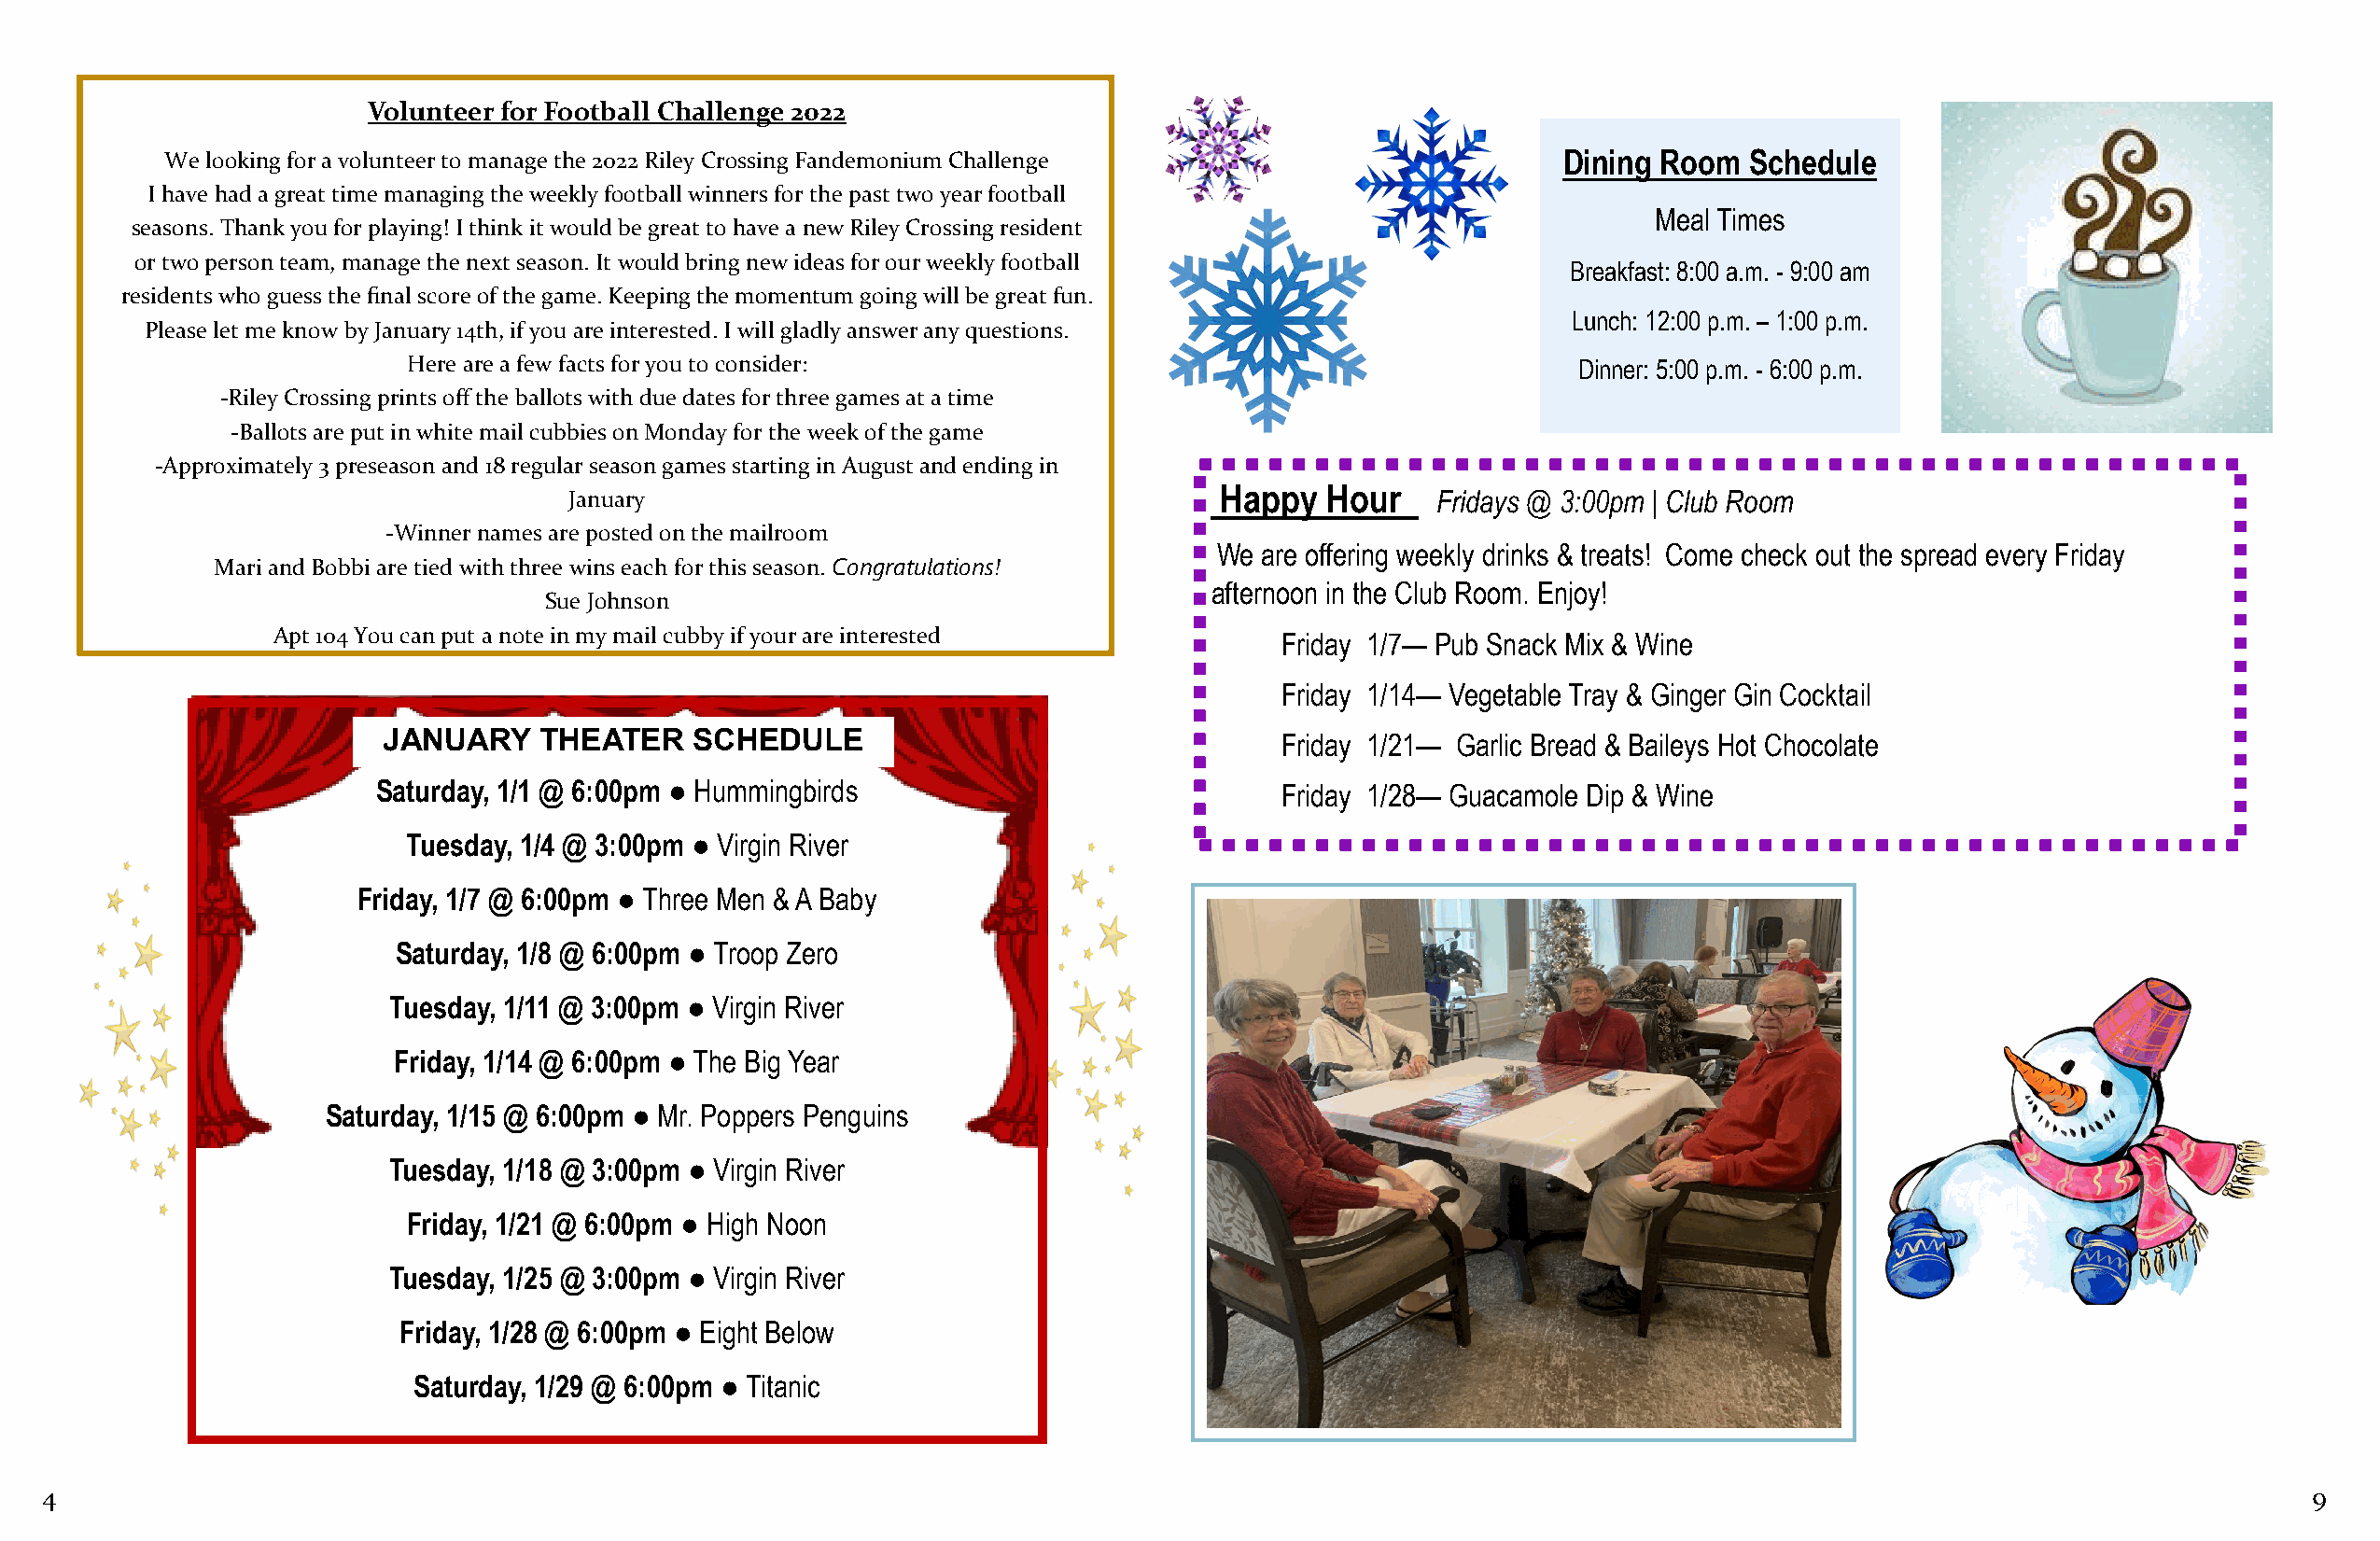
Volunteer for Football Challenge 2022
 We looking for a volunteer to manage the 2022 Riley Crossing Fandemonium Challenge                 Dining Room  Schedule
 I have had a great time managing the weekly football winners for the past two year football
 Meal Times
 seasons. Thank you for playing! I think it would be great to have a new Riley Crossing resident
 or two person team, manage the next season. It would bring new ideas for our weekly football
 Breakfast: 8:00 a.m. - 9:00 am
 residents who guess the final score of the game. Keeping the momentum going will be great fun.
 Lunch: 12:00 p.m. – 1:00 p.m.
 Please let me know by January 14th, if you are interested. I will gladly answer any questions.
 Here are a few facts for you to consider:                                          Dinner: 5:00 p.m. - 6:00 p.m.
 -Riley Crossing prints off the ballots with due dates for three games at a time
 -Ballots are put in white mail cubbies on Monday for the week of the game
 -Approximately 3 preseason and 18 regular season games starting in August and ending in
 Happy  Hour
 January                                                       Fridays @ 3:00pm | Club Room
 -Winner names are posted on the mailroom
 We are offering weekly drinks & treats! Come check out the spread every Friday
 Mari and Bobbi are tied with three wins each for this season. Congratulations!
 afternoon in the Club Room. Enjoy!
 Sue Johnson
 Apt 104 You can put a note in my mail cubby if your are interested      Friday 1/7— Pub Snack Mix & Wine
 Friday 1/14— Vegetable Tray & Ginger Gin Cocktail
 JANUARY    THEATER    SCHEDULE                                  Friday 1/21— Garlic Bread & Baileys Hot Chocolate
 Saturday, 1/1 @ 6:00pm ● Hummingbirds                           Friday 1/28— Guacamole Dip & Wine
 Tuesday, 1/4 @ 3:00pm ● Virgin River
 Friday, 1/7 @ 6:00pm ● Three Men & A Baby
 Saturday, 1/8 @ 6:00pm ● Troop Zero
 Tuesday, 1/11 @ 3:00pm ● Virgin River
 Friday, 1/14 @ 6:00pm ● The Big Year
 Saturday, 1/15 @ 6:00pm ● Mr. Poppers Penguins
 Tuesday, 1/18 @ 3:00pm ● Virgin River
 Friday, 1/21 @ 6:00pm ● High Noon
 Tuesday, 1/25 @ 3:00pm ● Virgin River
 Friday, 1/28 @ 6:00pm ● Eight Below
 Saturday, 1/29 @ 6:00pm ● Titanic
 4                                                                                                                                                                9